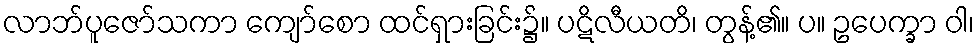
လာဘ်ပူဇော်သကာ ကျော်စော ထင်ရှားခြင်း၌။ ပဋိလီယတိ၊ တွန့်၏။ ပ။ ဥပေက္ခာ ဝါ၊